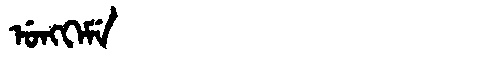
Manchu: ᡠᠩᡴᡝᠮᡝ
Romanization: UNGKEME